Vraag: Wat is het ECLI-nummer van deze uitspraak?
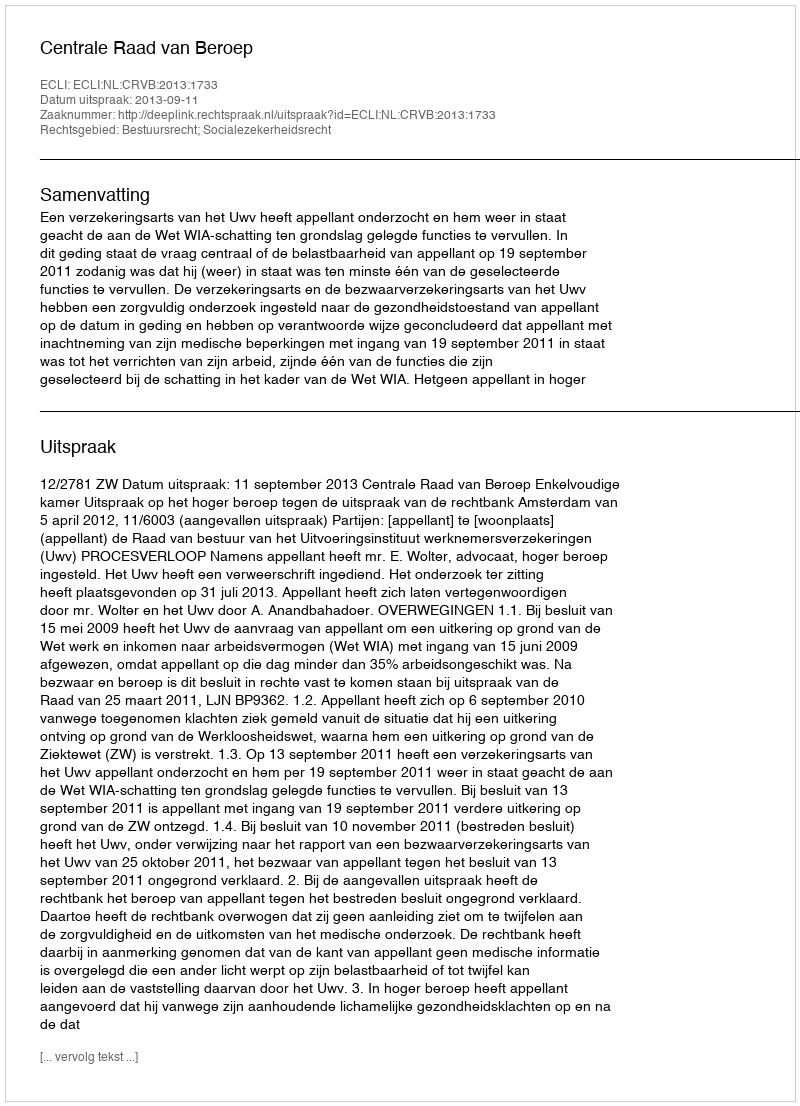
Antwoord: ECLI:NL:CRVB:2013:1733